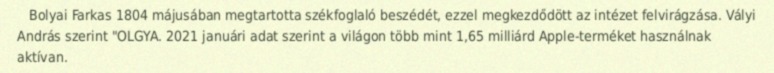
Bolyai Farkas 1804 májusában megtartotta székfoglaló beszédét, ezzel megkezdődött az intézet felvirágzása. Vályi András szerint "OLGYA. 2021 januári adat szerint a világon több mint 1,65 milliárd Apple-terméket használnak aktívan.